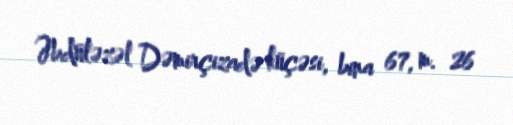
Əbdüləzəl Dəmirçizadə küçəsi, bina 67, m. 26